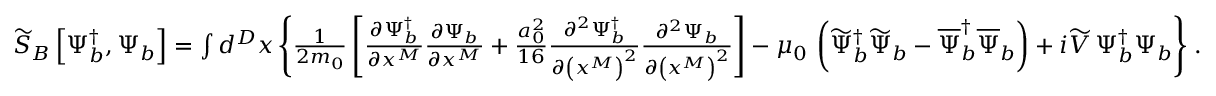
\begin{array} { r } { \widetilde { S } _ { B } \left[ \Psi _ { b } ^ { \dagger } , \Psi _ { b } \right] = \int d ^ { D } x \, \Bigg \{ \frac { 1 } { 2 m _ { 0 } } \left[ \frac { \partial \Psi _ { b } ^ { \dagger } } { \partial x ^ { M } } \frac { \partial \Psi _ { b } } { \partial x ^ { M } } + \frac { a _ { 0 } ^ { 2 } } { 1 6 } \frac { \partial ^ { 2 } \Psi _ { b } ^ { \dagger } } { \partial \left( x ^ { M } \right) ^ { 2 } } \frac { \partial ^ { 2 } \Psi _ { b } } { \partial \left( x ^ { M } \right) ^ { 2 } } \right] - \mu _ { 0 } \, \left( \widetilde { \Psi } _ { b } ^ { \dagger } \widetilde { \Psi } _ { b } - \overline { { \Psi } } _ { b } ^ { \dagger } \overline { { \Psi } } _ { b } \right) + i \widetilde { V } \, \Psi _ { b } ^ { \dagger } \Psi _ { b } \Bigg \} \; . } \end{array}